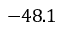
- 4 8 . 1